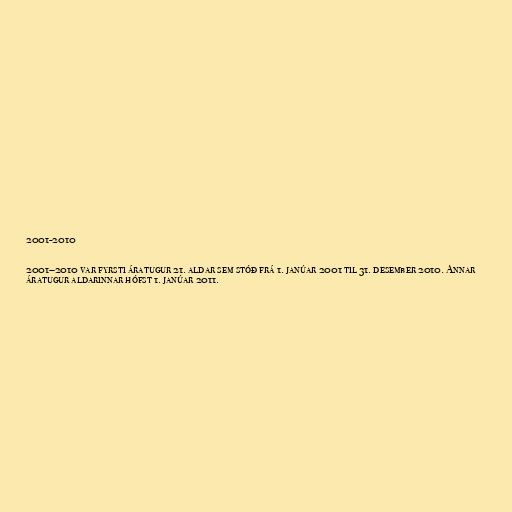
2001-2010

2001–2010 var fyrsti áratugur 21. aldar sem stóð frá 1. janúar 2001 til 31. desember 2010. Annar
áratugur aldarinnar hófst 1. janúar 2011.